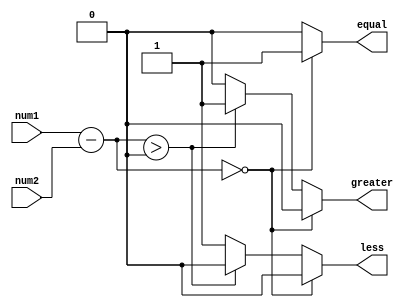
module unsigned_comparator(
    input [7:0] num1,
    input [7:0] num2,
    output reg equal,
    output reg greater,
    output reg less
);

reg [8:0] diff;

always @* begin
    diff = num1 - num2;
    if(diff == 0) begin
        equal = 1;
        greater = 0;
        less = 0;
    end
    else if(diff > 0) begin
        equal = 0;
        greater = 1;
        less = 0;
    end
    else begin
        equal = 0;
        greater = 0;
        less = 1;
    end
end

endmodule